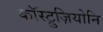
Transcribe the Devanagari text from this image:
कॉस्ट्रुज़ियोनि